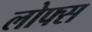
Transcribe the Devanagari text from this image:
लोफ्स